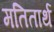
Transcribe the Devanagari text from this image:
मतितार्थ